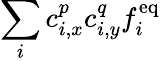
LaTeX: \sum_{i}c_{i,x}^{p}c_{i,y}^{q}f_{i}^{\mathrm{eq}}